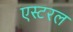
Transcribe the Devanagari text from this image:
एस्टरल